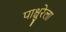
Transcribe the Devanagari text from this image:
पाश्चुरेला